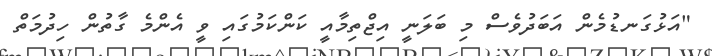
"އަޅުގަނޑުމެން އަބަދުވެސް މި ބަލަނީ އިޖްތިމާއީ ކަންކަމުގައި ވީ އެންމެ ގާތުން ހިދުމަތް